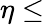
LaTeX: \eta\leq